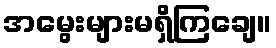
အမွေးများမရှိကြချေ။